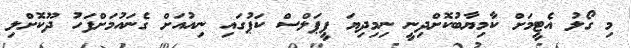
މި ގޯލު އެޓީމަށް ކާމިޔާބުކޮށްދިނީ ނިމިދިޔަ ޕީޕަލްސް ކަޕުގައި ނިއުއަށް ގެނައުމަށްފަހު ދޫކޮށްލި